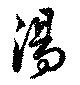
湯